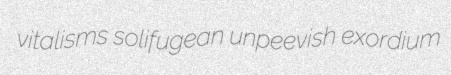
vitalisms solifugean unpeevish exordium